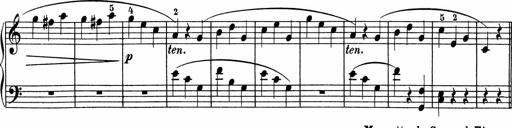
Title: 5 Sonatinen fÃ¼r die Jugend
Composer: Carl Reinecke